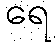
ရေ